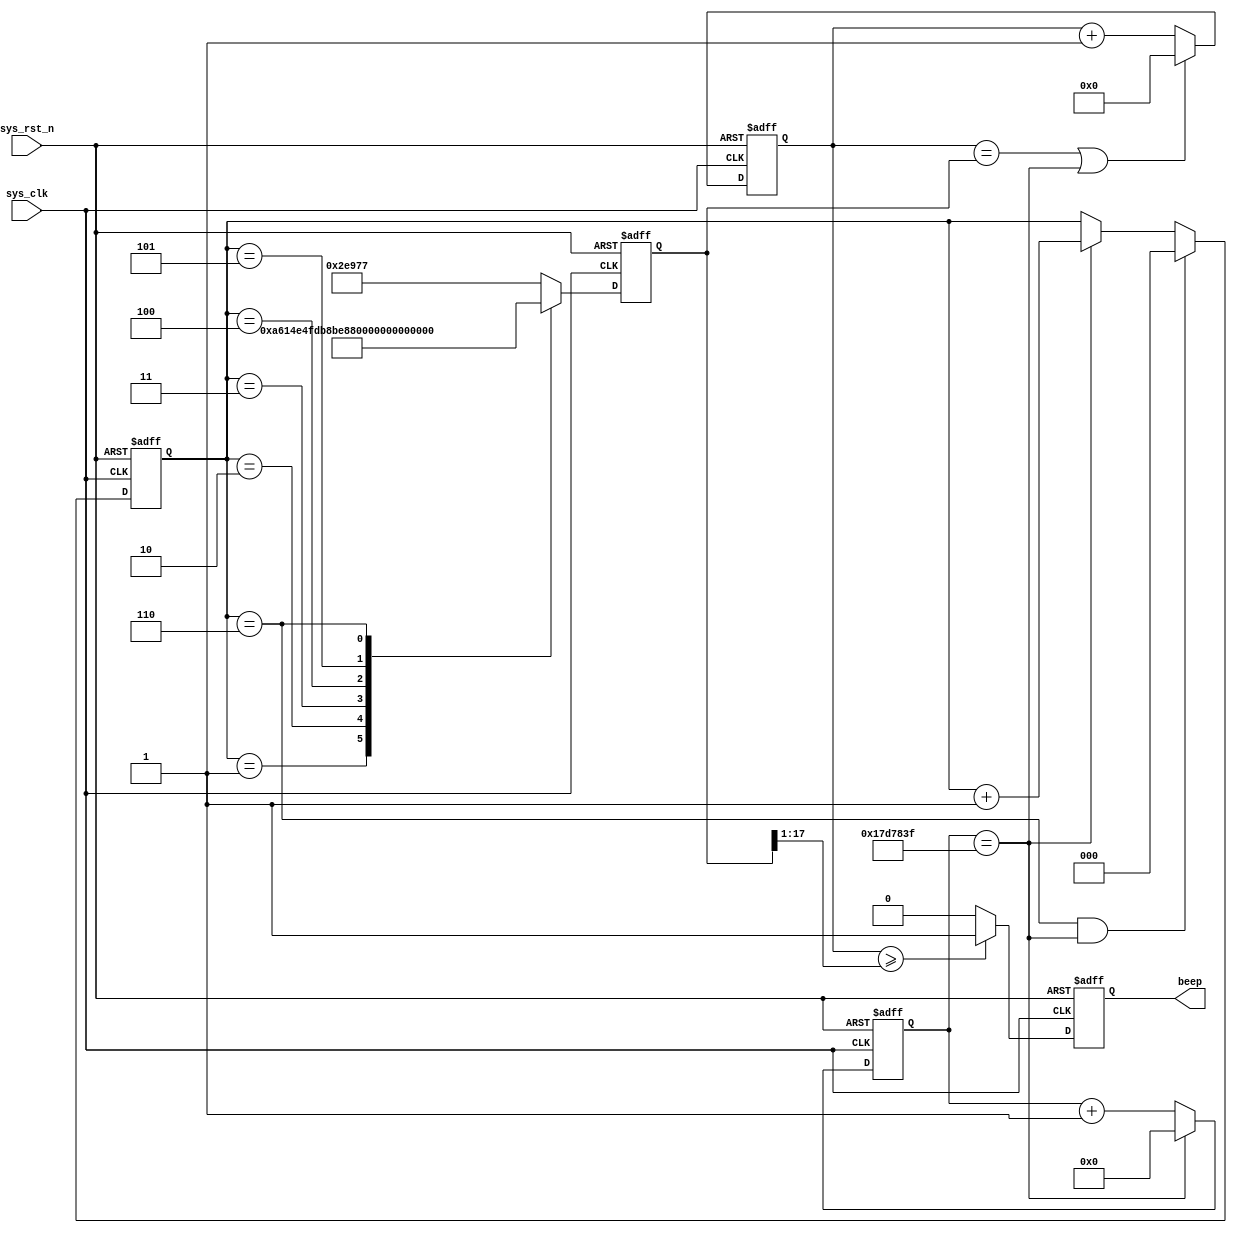
module beep
#(
    parameter       CNT_MAX =   25'd 24_999_999,
    parameter       DO =        18'd 190_839,
    parameter       RE =        18'd 170_067,
    parameter       MI =        18'd 151_515,
    parameter       FA =        18'd 143_266,
    parameter       SO =        18'd 127_551,
    parameter       LA =        18'd 113_636,
    parameter       SI =        18'd 101_214
)
(
    input   wire    sys_clk,
    input   wire    sys_rst_n,
    
    output  reg     beep
);

reg     [24:0]      cnt;
reg     [2:0]       cnt_500ms;
reg     [17:0]      freq_cnt;
reg     [17:0]      freq_data;
wire    [16:0]      duty_data;

always @ (posedge sys_clk or negedge sys_rst_n)// 500ms counts.
    if (sys_rst_n == 1'b0)
        cnt <= 25'd0;
    else if (cnt == CNT_MAX)
        cnt <= 25'd0;
    else
        cnt <= cnt+25'd1;
        
always @ (posedge sys_clk or negedge sys_rst_n) //define 6 counts for corresponding pronounce tone.
    if (sys_rst_n == 1'b0)
        cnt_500ms <= 3'd0;
    else if ((cnt_500ms == 3'd6)&&(cnt == CNT_MAX))
        cnt_500ms <= 3'd0;
    else if (cnt == CNT_MAX)
        cnt_500ms <= cnt_500ms+3'd1;
    else
        cnt_500ms <= cnt_500ms;
        
always @ (posedge sys_clk or negedge sys_rst_n)
    if (sys_rst_n == 1'b0)
        freq_cnt <= 18'd0;
    else if ((freq_cnt == freq_data) || (cnt == CNT_MAX))// if freq_cnt reach max value then re-count or 500ms reached, become rezero and count new frequency counts.
        freq_cnt <= 18'd0;
    else
        freq_cnt <= freq_cnt + 18'd1;
        
always @ (posedge sys_clk or negedge sys_rst_n) // using cnt_500ms to control corresponding frequency.
    if (sys_rst_n == 1'b0)
        freq_data <= DO;
    else case (cnt_500ms)
        3'd0: freq_data <= DO;
        3'd1: freq_data <= RE;
        3'd2: freq_data <= MI;
        3'd3: freq_data <= FA;
        3'd4: freq_data <= SO;
        3'd5: freq_data <= LA;
        3'd6: freq_data <= SI;
        default: freq_data <= DO;
    endcase

assign duty_data = freq_data >> 1;

always @ (posedge sys_clk or negedge sys_rst_n)
    if (sys_rst_n == 1'b0)
        beep <= 1'b0;
    else if (freq_cnt >= duty_data)
        beep <= 1'b1;
    else
        beep <= 1'b0;

endmodule